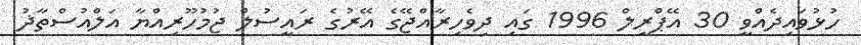
ހުޅުވައިދެއްވީ 30 އޭޕްރީލް 1996 ގައި ދިވެހިރާއްޖޭގެ އޭރުގެ ރައީސުލް ޖުމުހޫރިއްޔާ އަލްއުސްތާޛު